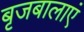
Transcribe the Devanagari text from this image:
बृजबालाएं